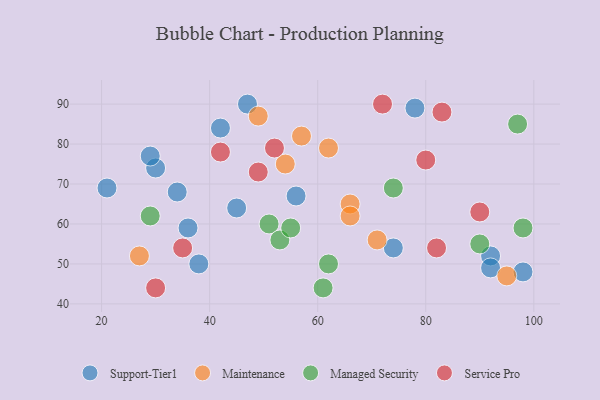
{"axis": {"x": "GDP", "y": "Life Expectancy"}, "legend": ["Maintenance", "Managed Security", "Service Pro", "Support-Tier1"], "data": [{"x": "30", "y": 74, "type": "Support-Tier1"}, {"x": "42", "y": 84, "type": "Support-Tier1"}, {"x": "74", "y": 54, "type": "Support-Tier1"}, {"x": "29", "y": 77, "type": "Support-Tier1"}, {"x": "36", "y": 59, "type": "Support-Tier1"}, {"x": "21", "y": 69, "type": "Support-Tier1"}, {"x": "34", "y": 68, "type": "Support-Tier1"}, {"x": "45", "y": 64, "type": "Support-Tier1"}, {"x": "47", "y": 90, "type": "Support-Tier1"}, {"x": "38", "y": 50, "type": "Support-Tier1"}, {"x": "92", "y": 52, "type": "Support-Tier1"}, {"x": "56", "y": 67, "type": "Support-Tier1"}, {"x": "78", "y": 89, "type": "Support-Tier1"}, {"x": "98", "y": 48, "type": "Support-Tier1"}, {"x": "92", "y": 49, "type": "Support-Tier1"}, {"x": "62", "y": 79, "type": "Maintenance"}, {"x": "57", "y": 82, "type": "Maintenance"}, {"x": "66", "y": 65, "type": "Maintenance"}, {"x": "27", "y": 52, "type": "Maintenance"}, {"x": "49", "y": 87, "type": "Maintenance"}, {"x": "66", "y": 62, "type": "Maintenance"}, {"x": "71", "y": 56, "type": "Maintenance"}, {"x": "95", "y": 47, "type": "Maintenance"}, {"x": "54", "y": 75, "type": "Maintenance"}, {"x": "62", "y": 50, "type": "Managed Security"}, {"x": "29", "y": 62, "type": "Managed Security"}, {"x": "90", "y": 55, "type": "Managed Security"}, {"x": "61", "y": 44, "type": "Managed Security"}, {"x": "51", "y": 60, "type": "Managed Security"}, {"x": "53", "y": 56, "type": "Managed Security"}, {"x": "98", "y": 59, "type": "Managed Security"}, {"x": "55", "y": 59, "type": "Managed Security"}, {"x": "97", "y": 85, "type": "Managed Security"}, {"x": "74", "y": 69, "type": "Managed Security"}, {"x": "52", "y": 79, "type": "Service Pro"}, {"x": "35", "y": 54, "type": "Service Pro"}, {"x": "49", "y": 73, "type": "Service Pro"}, {"x": "80", "y": 76, "type": "Service Pro"}, {"x": "90", "y": 63, "type": "Service Pro"}, {"x": "72", "y": 90, "type": "Service Pro"}, {"x": "42", "y": 78, "type": "Service Pro"}, {"x": "30", "y": 44, "type": "Service Pro"}, {"x": "83", "y": 88, "type": "Service Pro"}, {"x": "82", "y": 54, "type": "Service Pro"}]}